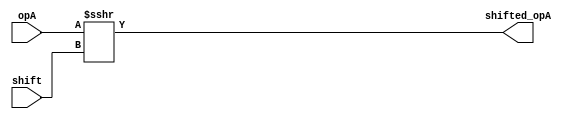
module bitshift_right(input[23:0] opA, input[7:0] shift, output[23:0] shifted_opA);

assign shifted_opA = ($signed(opA) >>> shift);

endmodule